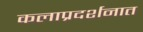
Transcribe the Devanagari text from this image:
कलाप्रदर्शनात